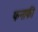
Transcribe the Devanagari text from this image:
फनाफी